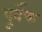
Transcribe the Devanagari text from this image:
पूर्वेक्त